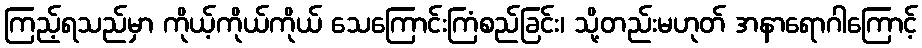
ကြည့်ရသည်မှာ ကိုယ့်ကိုယ်ကိုယ် သေကြောင်းကြံစည်ခြင်း၊ သို့တည်းမဟုတ် အနာရောဂါကြောင့်